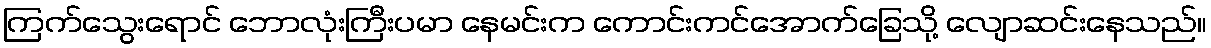
ကြက်သွေးရောင် ဘောလုံးကြီးပမာ နေမင်းက ကောင်းကင်အောက်ခြေသို့ လျောဆင်းနေသည်။